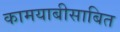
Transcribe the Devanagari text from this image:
कामयाबीसाबित